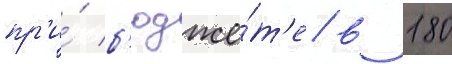
пр'и́ б'юдже́т'е в 180